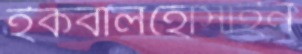
ইকবালহোসাইন